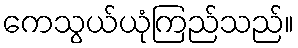
ကေသွယ်ယုံကြည်သည်။